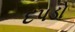
દપડો